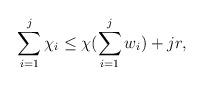
LaTeX: \begin{align*}\sum\limits_{i=1}^j \chi_i \leq \chi(\sum\limits_{i=1}^j w_i) + jr,\end{align*}